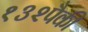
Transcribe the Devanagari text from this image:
१३२पैकी